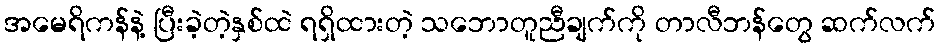
အမေရိကန်နဲ့ ပြီးခဲ့တဲ့နှစ်ထဲ ရရှိထားတဲ့ သဘောတူညီချက်ကို တာလီဘန်တွေ ဆက်လက်